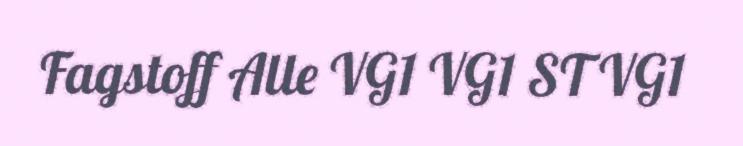
Fagstoff Alle VG1 VG1 ST VG1